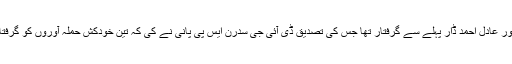
مقامی اخبار کشمیر ٹائمز کے مطابق خودکش حملہ آور عادل احمد ڈار پہلے سے گرفتار تھا جس کی تصدیق ڈی آئی جی سدرن ایس پی پانی نے کی کہ تین خودکش حملہ آوروں کو گرفتار کیا گیا ہے جس میں عادل احمد ڈار بھی شامل ہیں۔